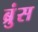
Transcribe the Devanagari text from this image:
ब्रुंस